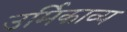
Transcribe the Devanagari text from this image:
उर्मिकाव्य